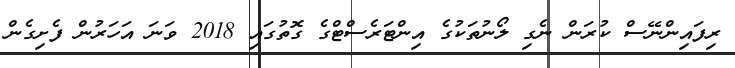
ރިފައިންނޭސް ކުރަން ނެގި ލޯނުތަކުގެ އިންޓަރެސްޓްގެ ގޮތުގައި 2018 ވަަނަ އަހަރުން ފެށިގެން